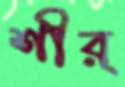
শীর্